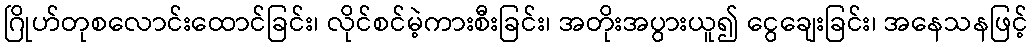
ဂြိုဟ်တုစလောင်းထောင်ခြင်း၊ လိုင်စင်မဲ့ကားစီးခြင်း၊ အတိုးအပွားယူ၍ ငွေချေးခြင်း၊ အနေသနဖြင့်